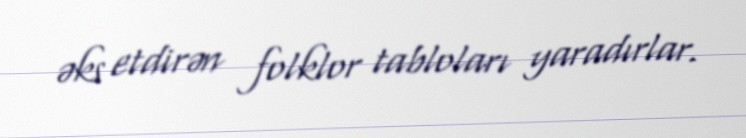
əks etdirən folklor tabloları yaradırlar.